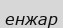
енжар